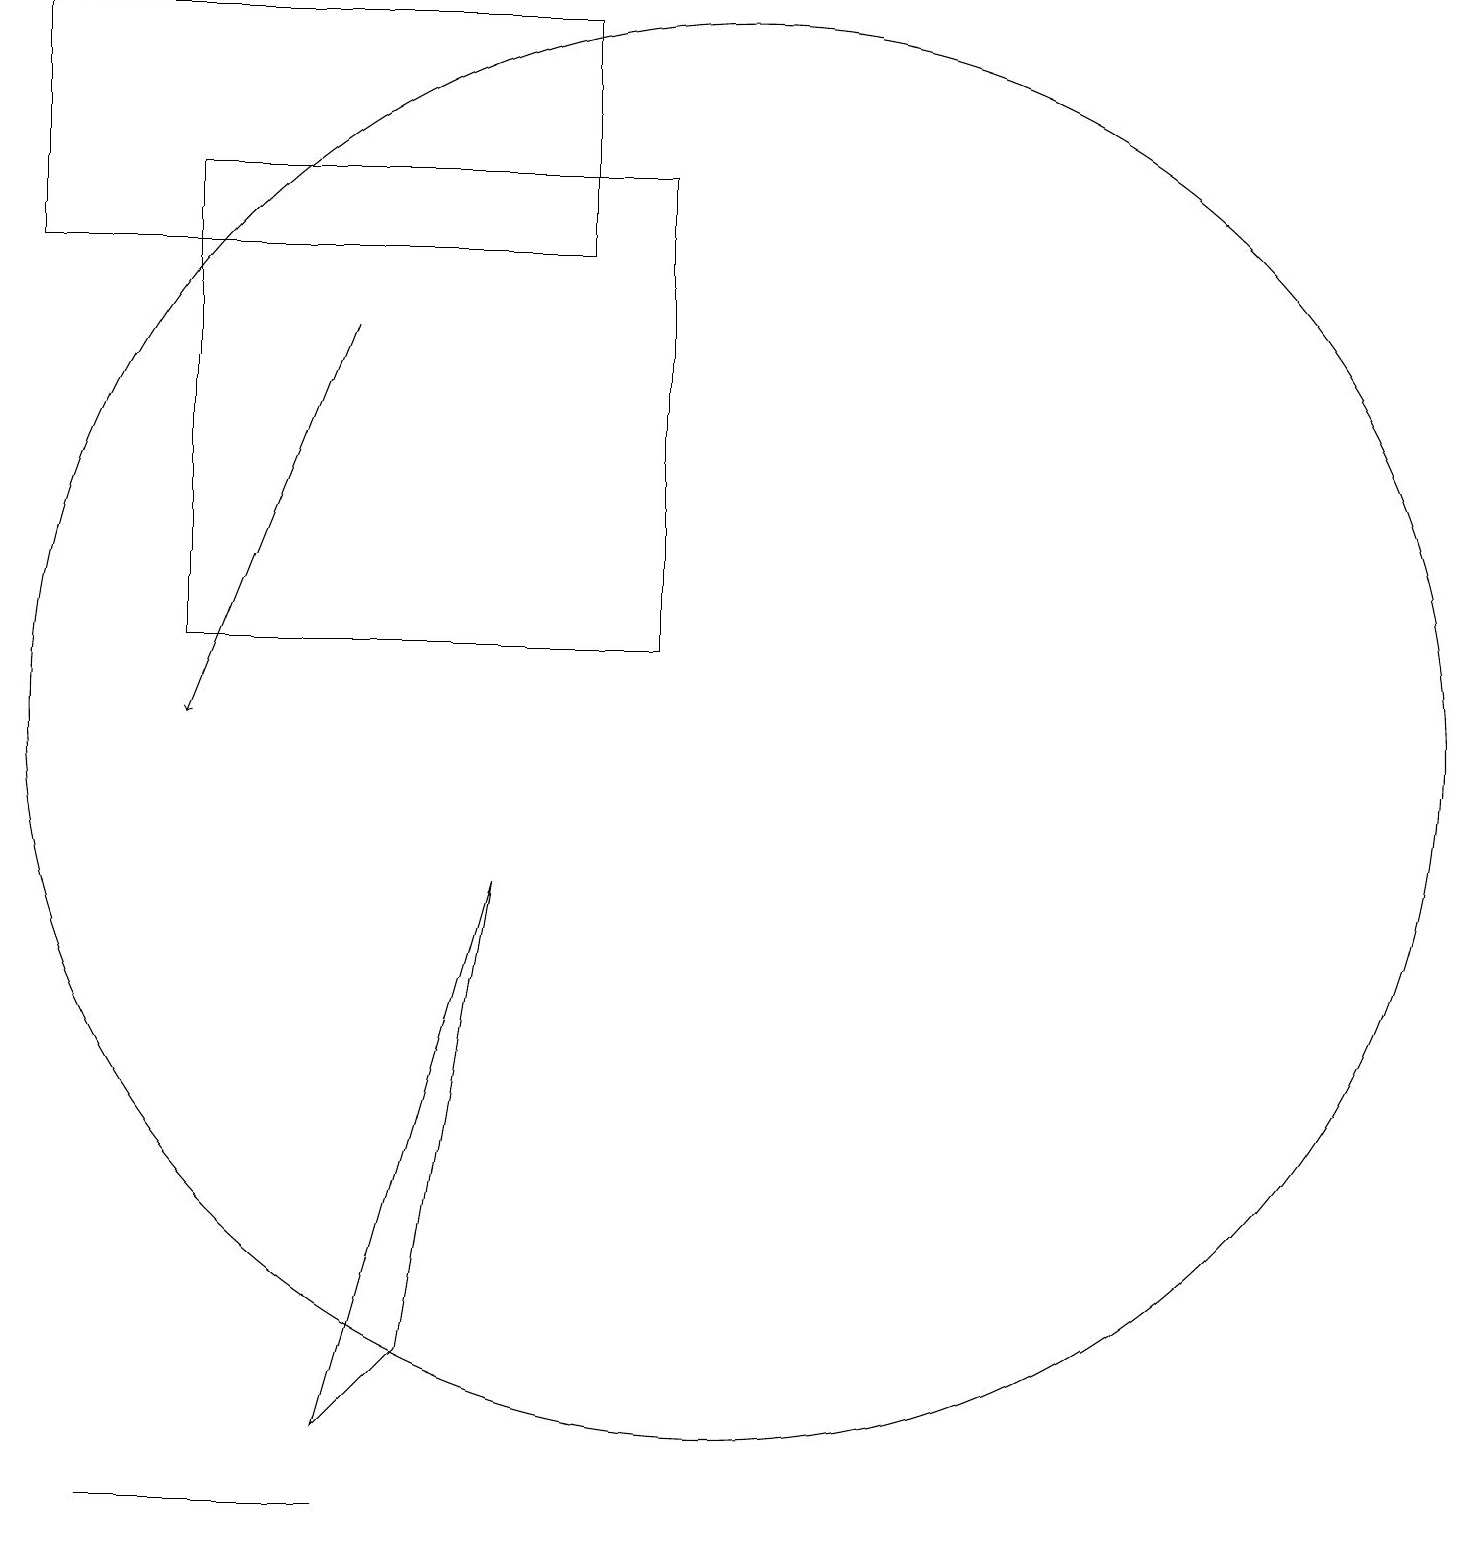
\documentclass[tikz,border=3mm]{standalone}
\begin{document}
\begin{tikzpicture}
\draw (2,0) -- (5,0) -- (2,0) -- cycle;
\draw[->] (5,15) -- (3,10);
\draw (8,16) rectangle (1,19);
\draw (10,10) circle (9);
\draw (7,8) -- (6,2) -- (5,1) -- cycle;
\draw (9,11) rectangle (3,17);
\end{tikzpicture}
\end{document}